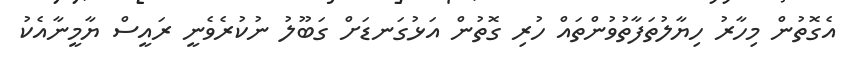
އެގޮތުން މިހާރު ހިޔާލުތަފާތުވުންތައް ހުރި ގޮތުން އަޅުގަނޑަށް ގަބޫލު ނުކުރެވެނީ ރައީސް ޔާމީނާއެކު